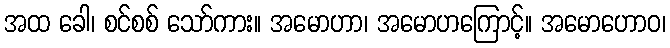
အထ ခေါ၊ စင်စစ် သော်ကား။ အမောဟာ၊ အမောဟကြောင့်။ အမောဟောဝ၊